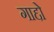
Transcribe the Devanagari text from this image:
गाद्दो